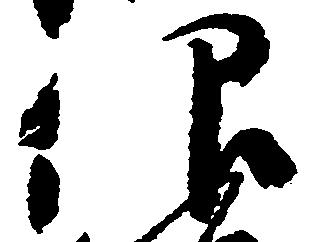
仰